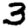
Digit: 3